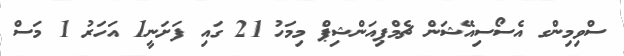
ސްވިމިންގ އެސޯސިއޭޝަން ޗެމްޕިިއަންޝިޕް މިމަހު 21 ގައި ފަށަނީ1 އަހަރު 1 މަސް